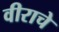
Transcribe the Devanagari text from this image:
वीराचे